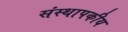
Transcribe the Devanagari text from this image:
संस्थापकीय